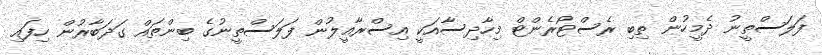
ފަލަސްތީނު ދެމީހުން ތިބި ރެސްޓޯރެންޓް މިހާދިސާއަކީ އިސްރާއީލުން ފަލަސްތީނުގެ ބިންތައް ގަދަބާރުން ހިފައި